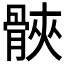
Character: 𮪪